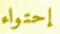
إحتواء